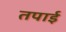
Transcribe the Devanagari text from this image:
तपाई